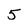
Character: 5